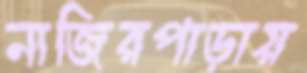
নাজিরপাড়ায়